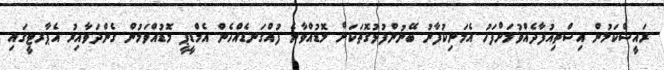
ރައީސްކަމުން އިސްތިއުފާދެއްވުމަށްފަހު އެމަނިކުފާނު ބޭނުންފުޅުގޮތަކަށް މޮޑުއްވާނެ ފުއްގަނޑެއްހެން އެމްޑީޕީ މޮޑުއްވަމުން ގެންދަވާއިރު އެޕާރޓީގައި